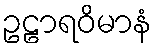
ဥဠာရဝိမာနံ